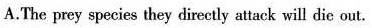
A.The prey species they dircetly attack will die out.